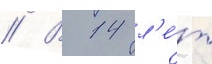
// В 14 л'е́т